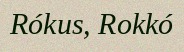
Rókus, Rokkó